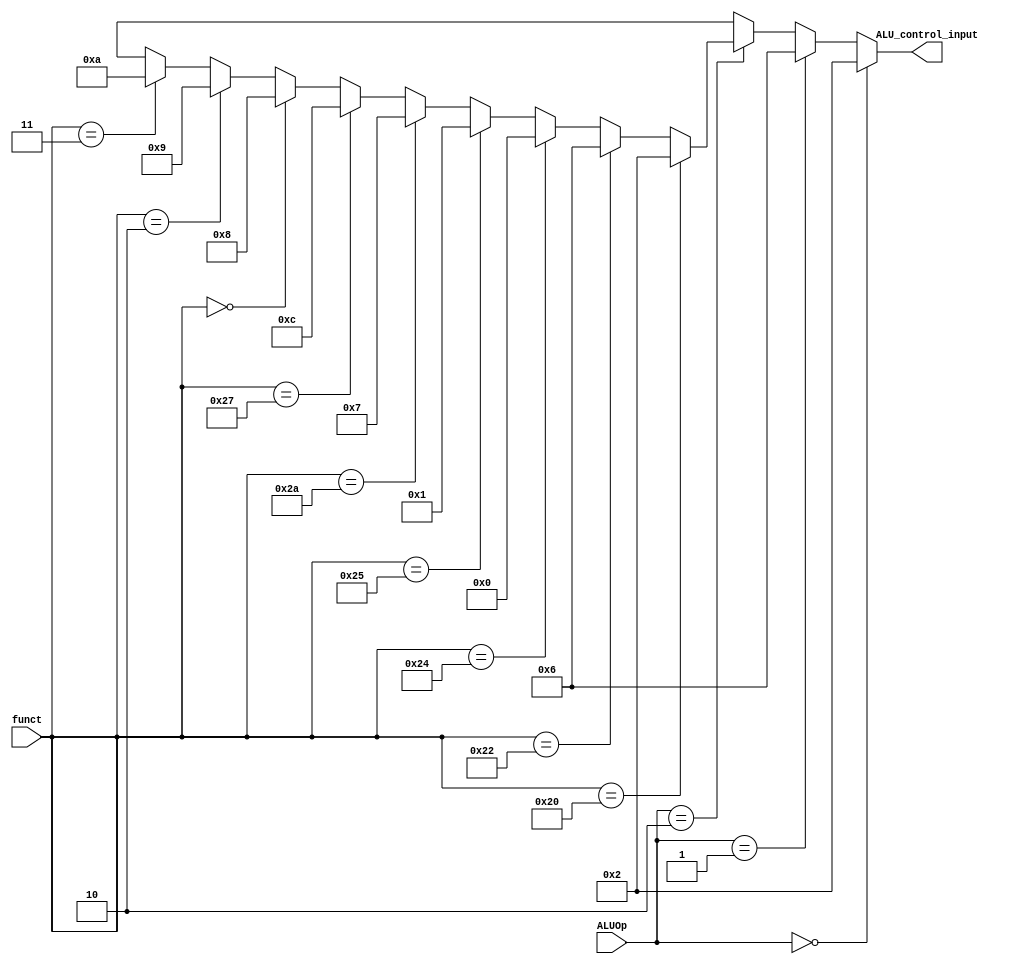
module ALUControl(funct, ALUOp, ALU_control_input);			// ALU_control module
  input [5:0] funct;
  input [1:0] ALUOp;				
  output [3:0]ALU_control_input;	

  reg [3:0]ALU_control_input;

always@(funct or ALUOp) begin
  if(ALUOp == 2'b00) ALU_control_input<= 4'b0010; 			// when (ALUOp==00) => load word, store word
  else if(ALUOp == 2'b01) ALU_control_input<= 4'b0110; 	// when (ALUOp==01) => branch
  else if(ALUOp == 2'b10) begin									// when (ALUOp==10) => R_type
      if(funct == 6'b100000)      ALU_control_input<= 4'b0010;	// => add
      else if(funct == 6'b100010) ALU_control_input<= 4'b0110;	// => sub
      else if(funct == 6'b100100) ALU_control_input<= 4'b0000;	// => and
      else if(funct == 6'b100101) ALU_control_input<= 4'b0001;	// => or
      else if(funct == 6'b101010) ALU_control_input<= 4'b0111;	// => slt
      else if(funct == 6'b100111) ALU_control_input<= 4'b1100; // => nor
      //add this function for HW pipeline CPU 
      else if(funct == 6'b000000) ALU_control_input<= 4'b1000; // => sll 
      else if(funct == 6'b000010) ALU_control_input<= 4'b1001;	// => srl
      else if(funct == 6'b000011) ALU_control_input<= 4'b1010;	// => sra
      else                        ALU_control_input<= 4'bxxxx;  
    end
  else  ALU_control_input<= 4'bxxxx;
end

endmodule